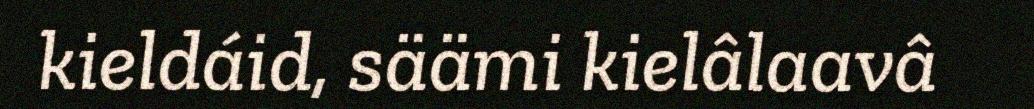
kieldáid, säämi kielâlaavâ